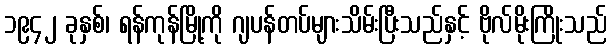
၁၉၄၂ ခုနှစ်၊ ရန်ကုန်မြို့ကို ဂျပန်တပ်များသိမ်းပြီးသည်နှင့် ဗိုလ်မိုးကြိုးသည်